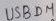
Text: USBDM